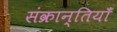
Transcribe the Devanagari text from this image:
संक्रान्तियाँ